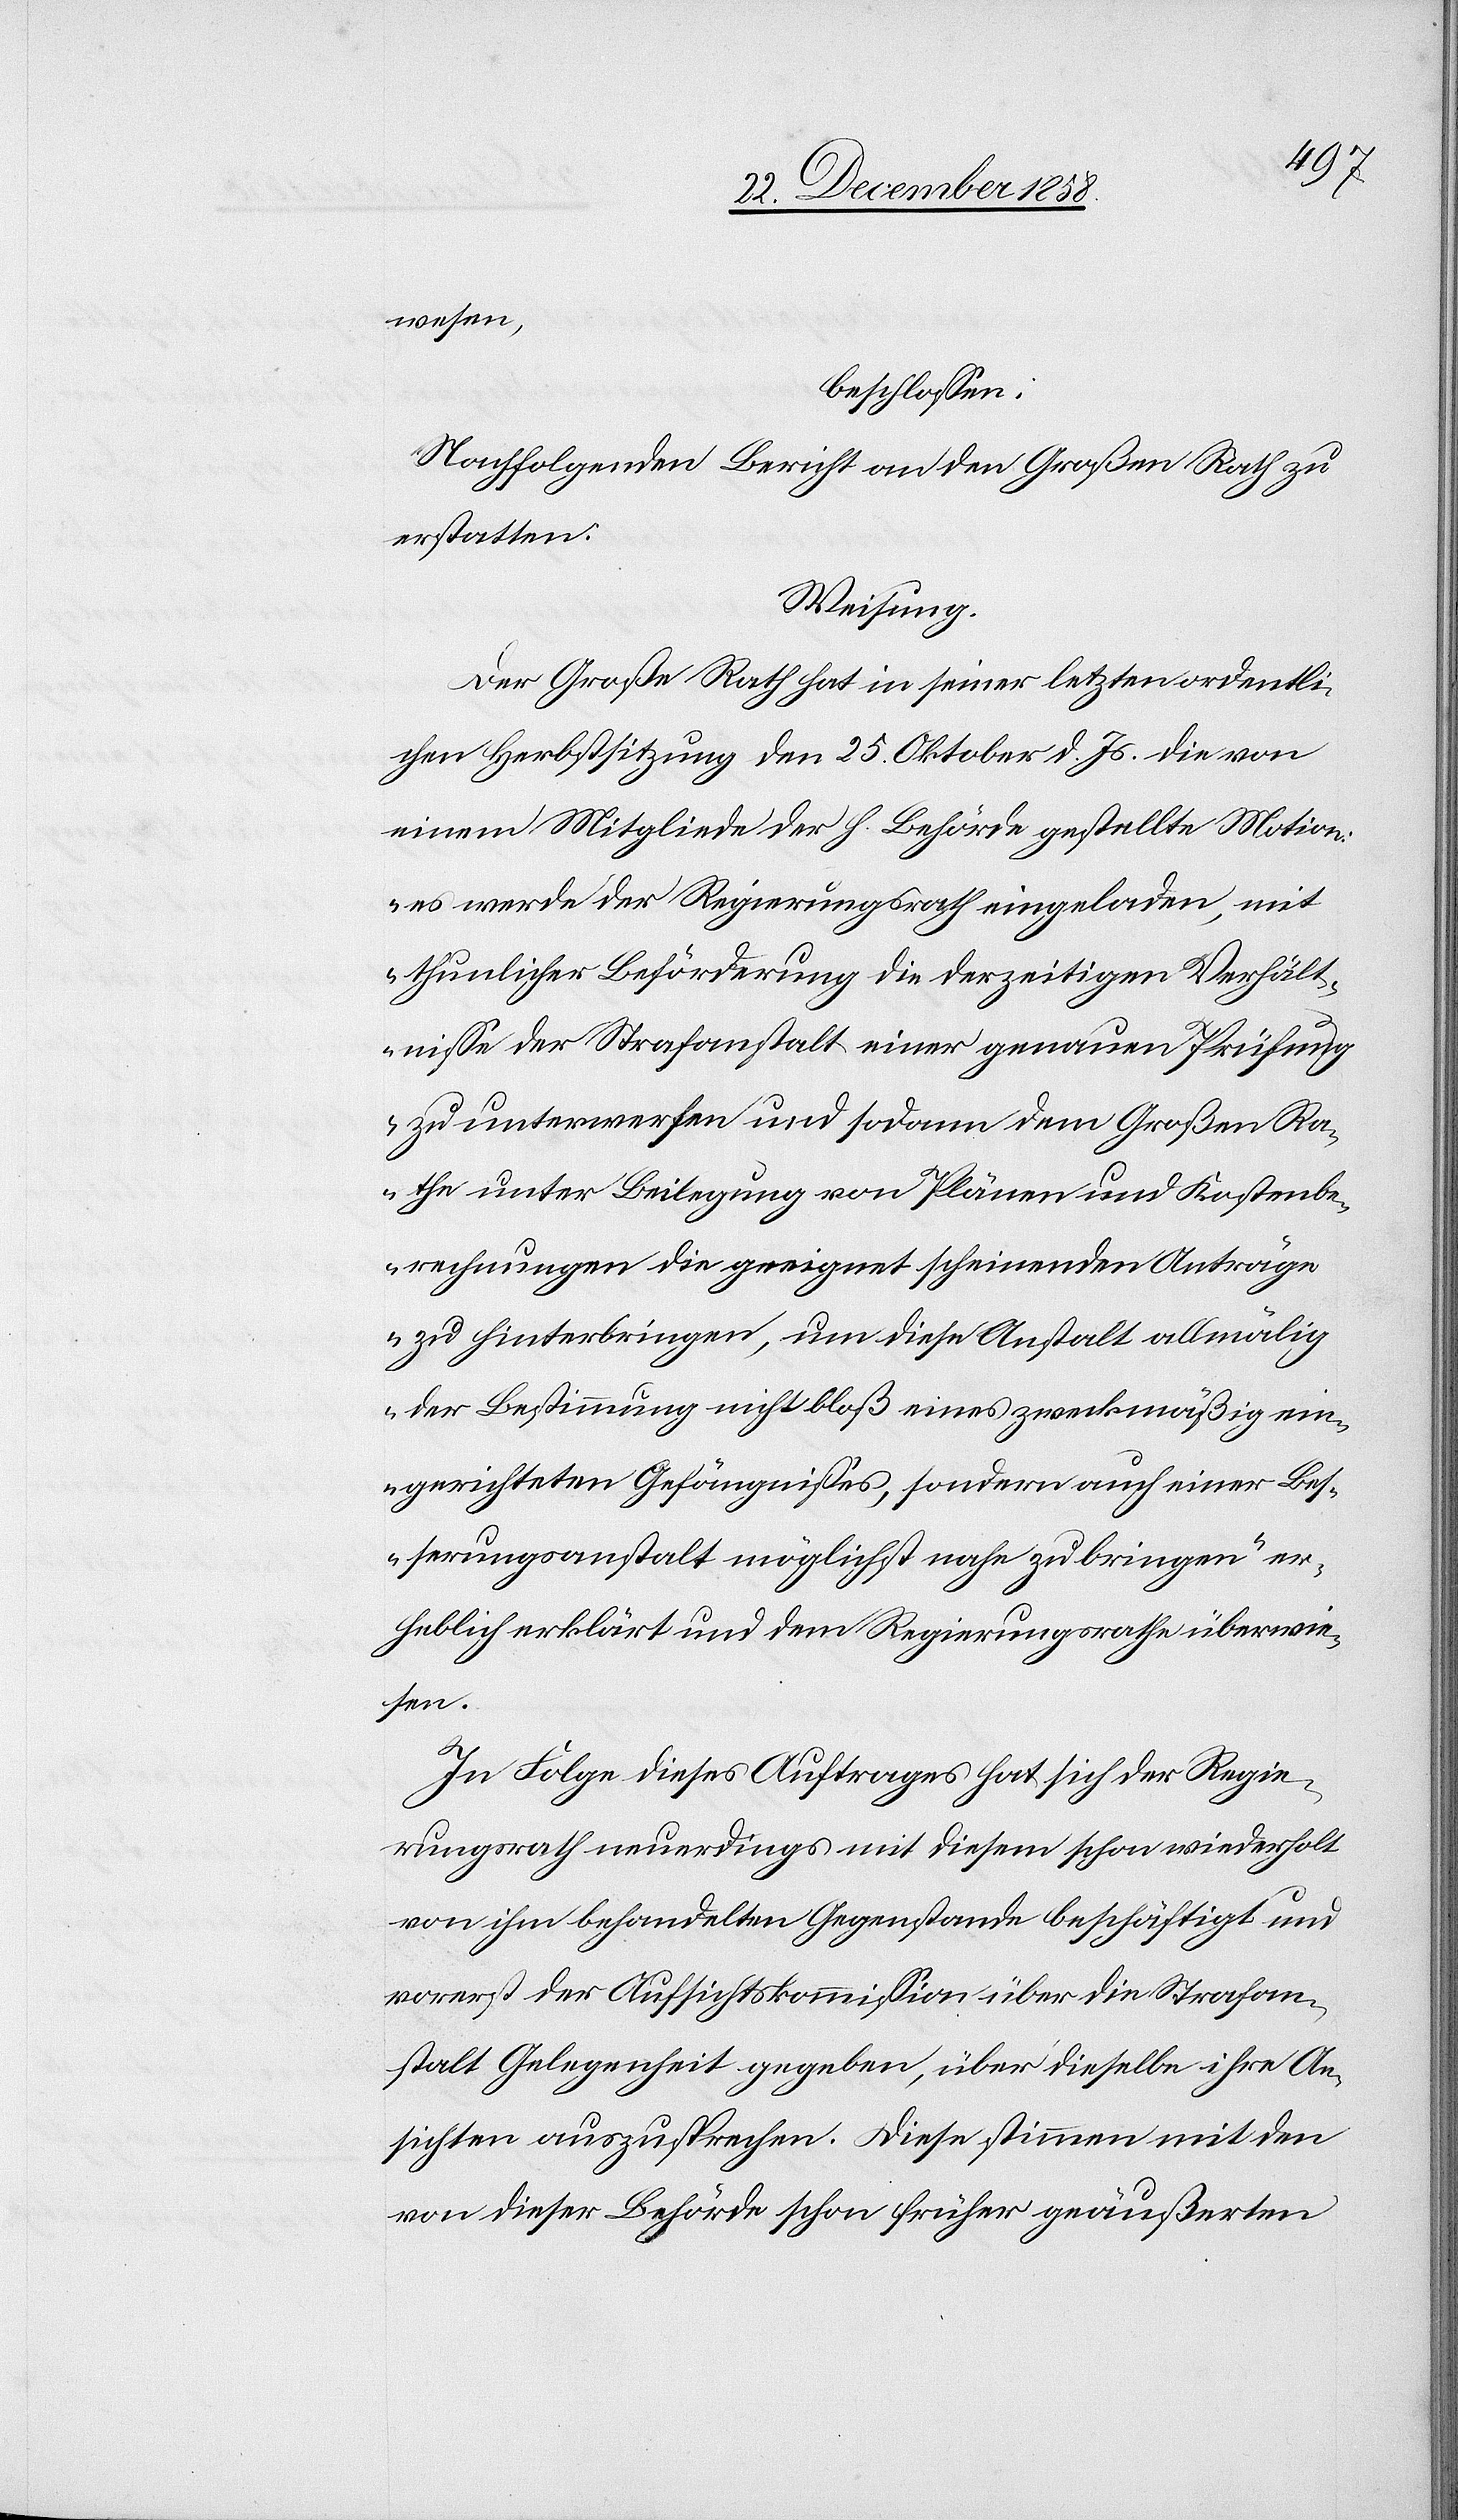
wesen,
beschlossen:
Nachfolgenden Bericht an den Großen Rath zu
erstatten:
Weisung.
Der Große Rath hat in seiner letzten ordentli¬
chen Herbstsitzung den 25. Oktober d. Js. die von
einem Mitgliede der h. Behörde gestellte Motion:
„es werde der Regierungsrath eingeladen, mit
thunlicher Beförderung die derzeitigen Verhält¬
nisse der Strafanstalt einer genauen Prüfung
zu unterwerfen und sodann dem Großen Ra¬
the unter Beilegung von Plänen und Kostenbe¬
rechnungen die geeignet scheinenden Anträge
zu hinterbringen, um diese Anstalt allmälig
der Bestimmung nicht bloß eines zweckmäßig ein¬
gerichteten Gefängnisses, sondern auch einer Bes¬
serungsanstalt möglichst nahe zu bringen“ er¬
heblich erklärt und dem Regierungsrathe überwie¬
sen.
In Folge dieses Auftrages hat sich der Regie¬
rungsrath neuerdings mit diesem schon wiederholt
von ihm behandelten Gegenstande beschäftigt und
vorerst der Aufsichtskommission über die Strafan¬
stalt Gelegenheit gegeben, über dieselbe ihre An¬
sichten auszusprechen. Diese stimmen mit den
von dieser Behörde schon früher geäußerten